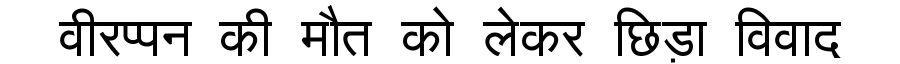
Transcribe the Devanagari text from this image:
वीरप्पन की मौत को लेकर छिड़ा विवाद